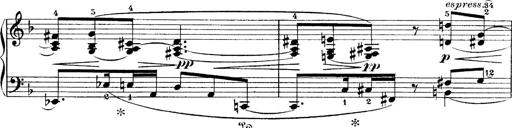
Title: 4 Sonatines
Composer: Max Reger